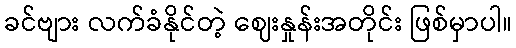
ခင်ဗျား လက်ခံနိုင်တဲ့ ဈေးနှုန်းအတိုင်း ဖြစ်မှာပါ။